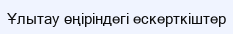
Ұлытау өңіріндегі ескерткіштер